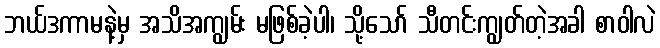
ဘယ်ဒကာမနဲ့မှ အသိအကျွမ်း မဖြစ်ခဲ့ပါ၊ သို့သော် သီတင်းကျွတ်တဲ့အခါ စာဝါလဲ